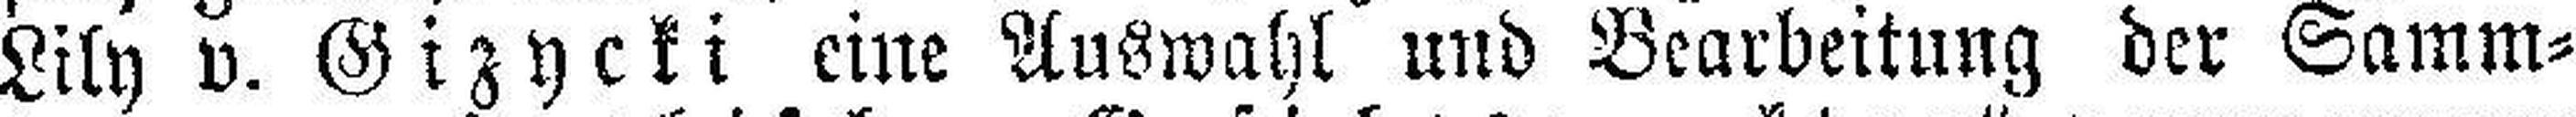
Lily v. Gizycki eine Auswahl und Bearbeitung der Samm¬